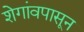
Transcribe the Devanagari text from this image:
शेगांवपासून